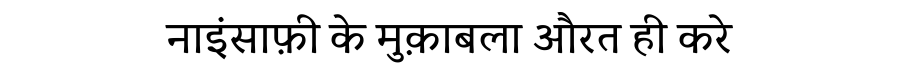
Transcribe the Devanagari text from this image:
नाइंसाफ़ी के मुक़ाबला औरत ही करे